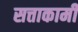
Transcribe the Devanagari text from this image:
सत्ताकामी